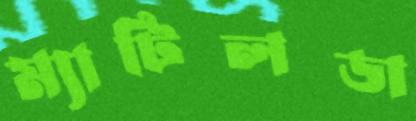
ম্যাটিলডা